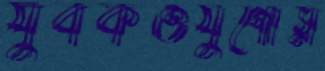
যুবকওযুগোস্ল